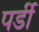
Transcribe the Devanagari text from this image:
पर्डी